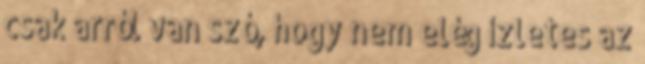
csak arról van szó, hogy nem elég ízletes az